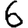
Digit: 6